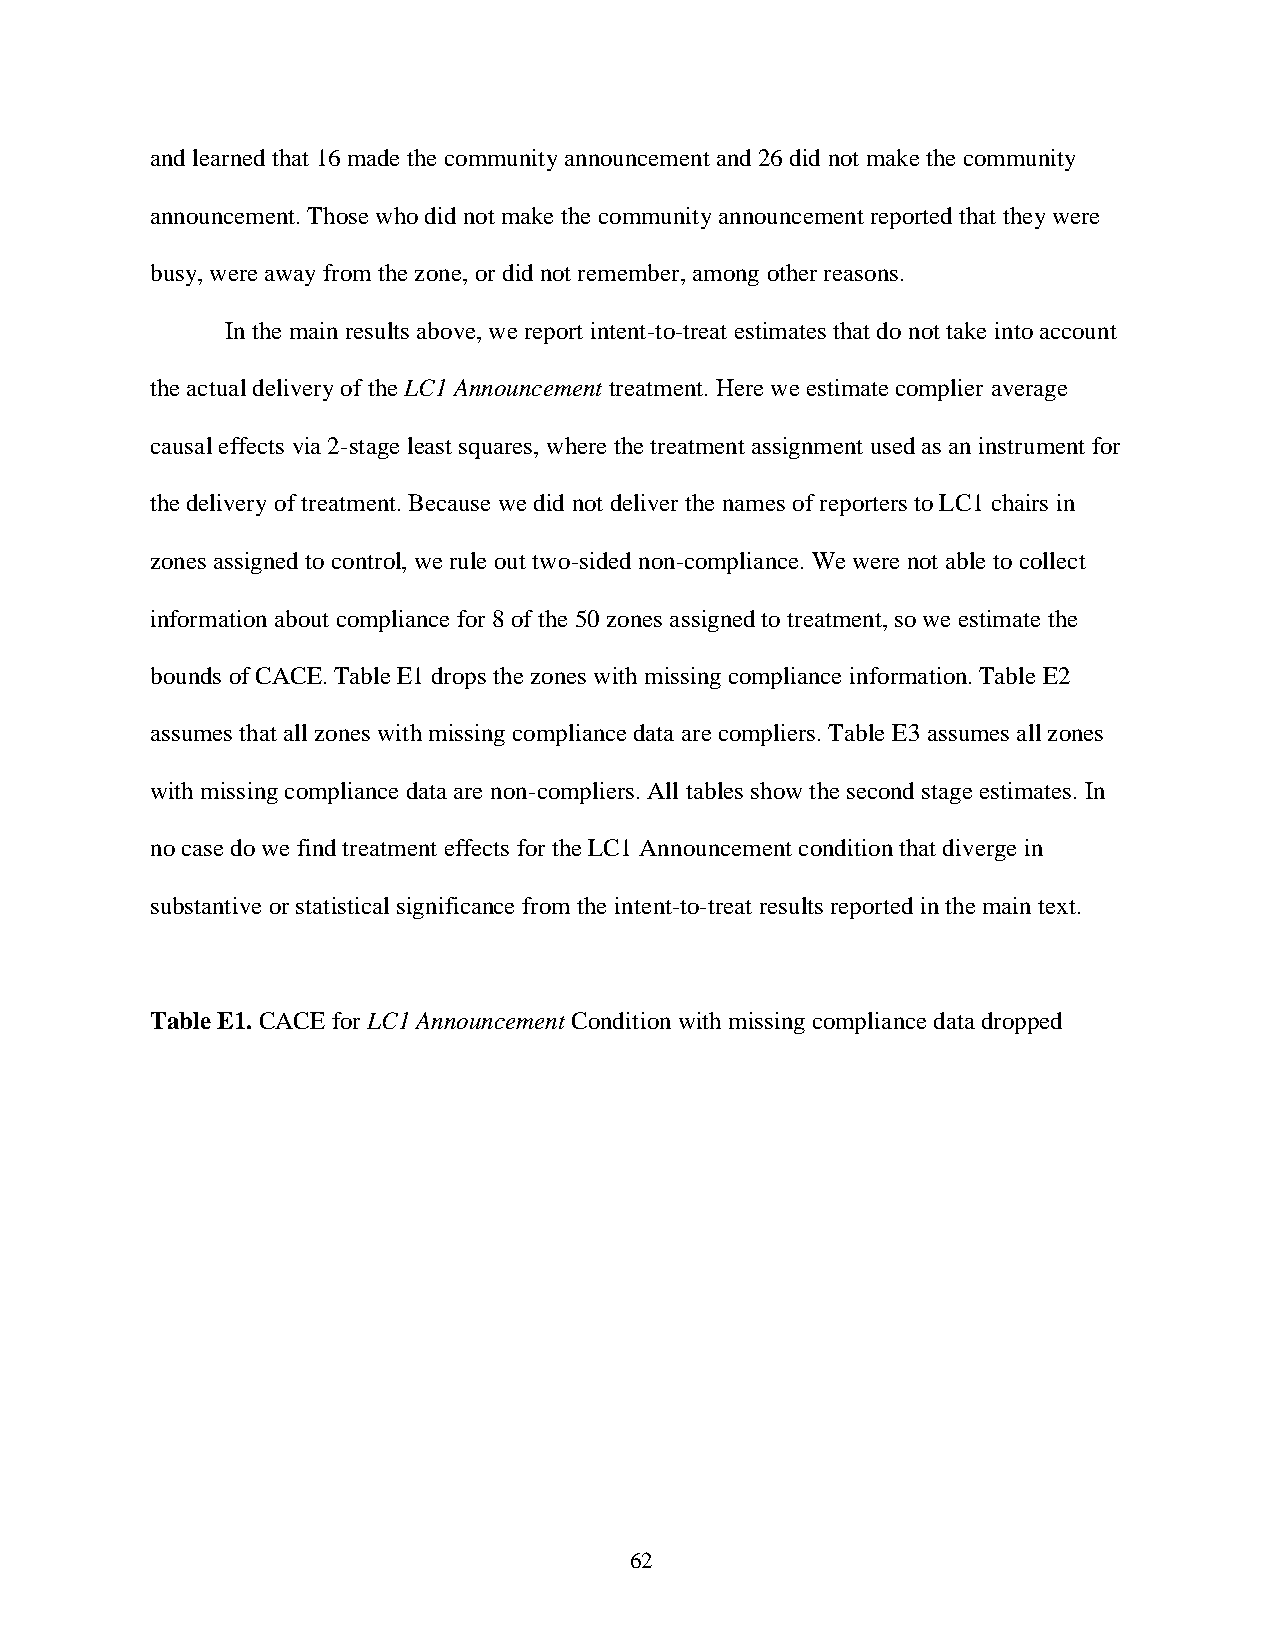
and learned that 16 made the community announcement and 26 did not make the community
 announcement. Those who did not make the community announcement reported that they were
 busy, were away from the zone, or did not remember, among other reasons.
 In the main results above, we report intent-to-treat estimates that do not take into account
 the actual delivery of the LC1 Announcement treatment. Here we estimate complier average
 causal effects via 2-stage least squares, where the treatment assignment used as an instrument for
 the delivery of treatment. Because we did not deliver the names of reporters to LC1 chairs in
 zones assigned to control, we rule out two-sided non-compliance. We were not able to collect
 information about compliance for 8 of the 50 zones assigned to treatment, so we estimate the
 bounds of CACE. Table E1 drops the zones with missing compliance information. Table E2
 assumes that all zones with missing compliance data are compliers. Table E3 assumes all zones
 with missing compliance data are non-compliers. All tables show the second stage estimates. In
 no case do we find treatment effects for the LC1 Announcement condition that diverge in
 substantive or statistical significance from the intent-to-treat results reported in the main text.
 Table E1. CACE for LC1 Announcement Condition with missing compliance data dropped
 62